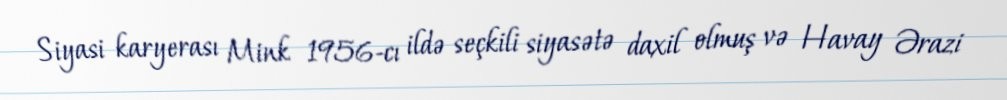
Siyasi karyerası Mink 1956-cı ildə seçkili siyasətə daxil olmuş və Havay Ərazi